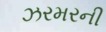
ઝરમરની